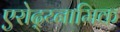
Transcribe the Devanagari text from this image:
एरोद्य्नामिक